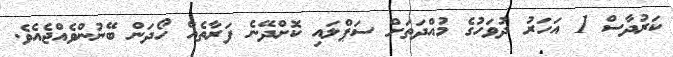
ކަރުދާސް 1 އަހަރު ދުވަހުގެ މުއްދަތަށް ސަޕްލައި ކޮށްދޭނެ ފަރާތެއް ހޯދަން ބޭނުންވެއްޖެއެވެ.